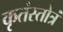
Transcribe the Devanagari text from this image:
कृतंस्तोत्रं